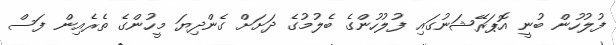
ފުލުހުން ބުނީ އޮޕަރޭޝަނުގައި ފުލުހުންގެ ބެލުމުގެ ދަށަށް ގެންދިޔަ މީހުންގެ ތެރެއިން ފަސް